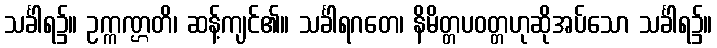
သင်္ခါရ၌။ ဥက္ကဏ္ဌတိ၊ ဆန့်ကျင်၏။ သင်္ခါရဂတေ၊ နိမိတ္တပဝတ္တဟုဆိုအပ်သော သင်္ခါရ၌။